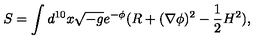
S = \int d ^ { 1 0 } x \sqrt { - g } e ^ { - \phi } ( R + ( \nabla \phi ) ^ { 2 } - \frac { 1 } { 2 } H ^ { 2 } ) ,